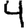
Digit: 4